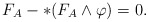
\begin{align*}F_A-\ast (F_A\wedge\varphi )=0.\end{align*}